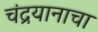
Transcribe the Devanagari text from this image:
चंद्रयानाचा